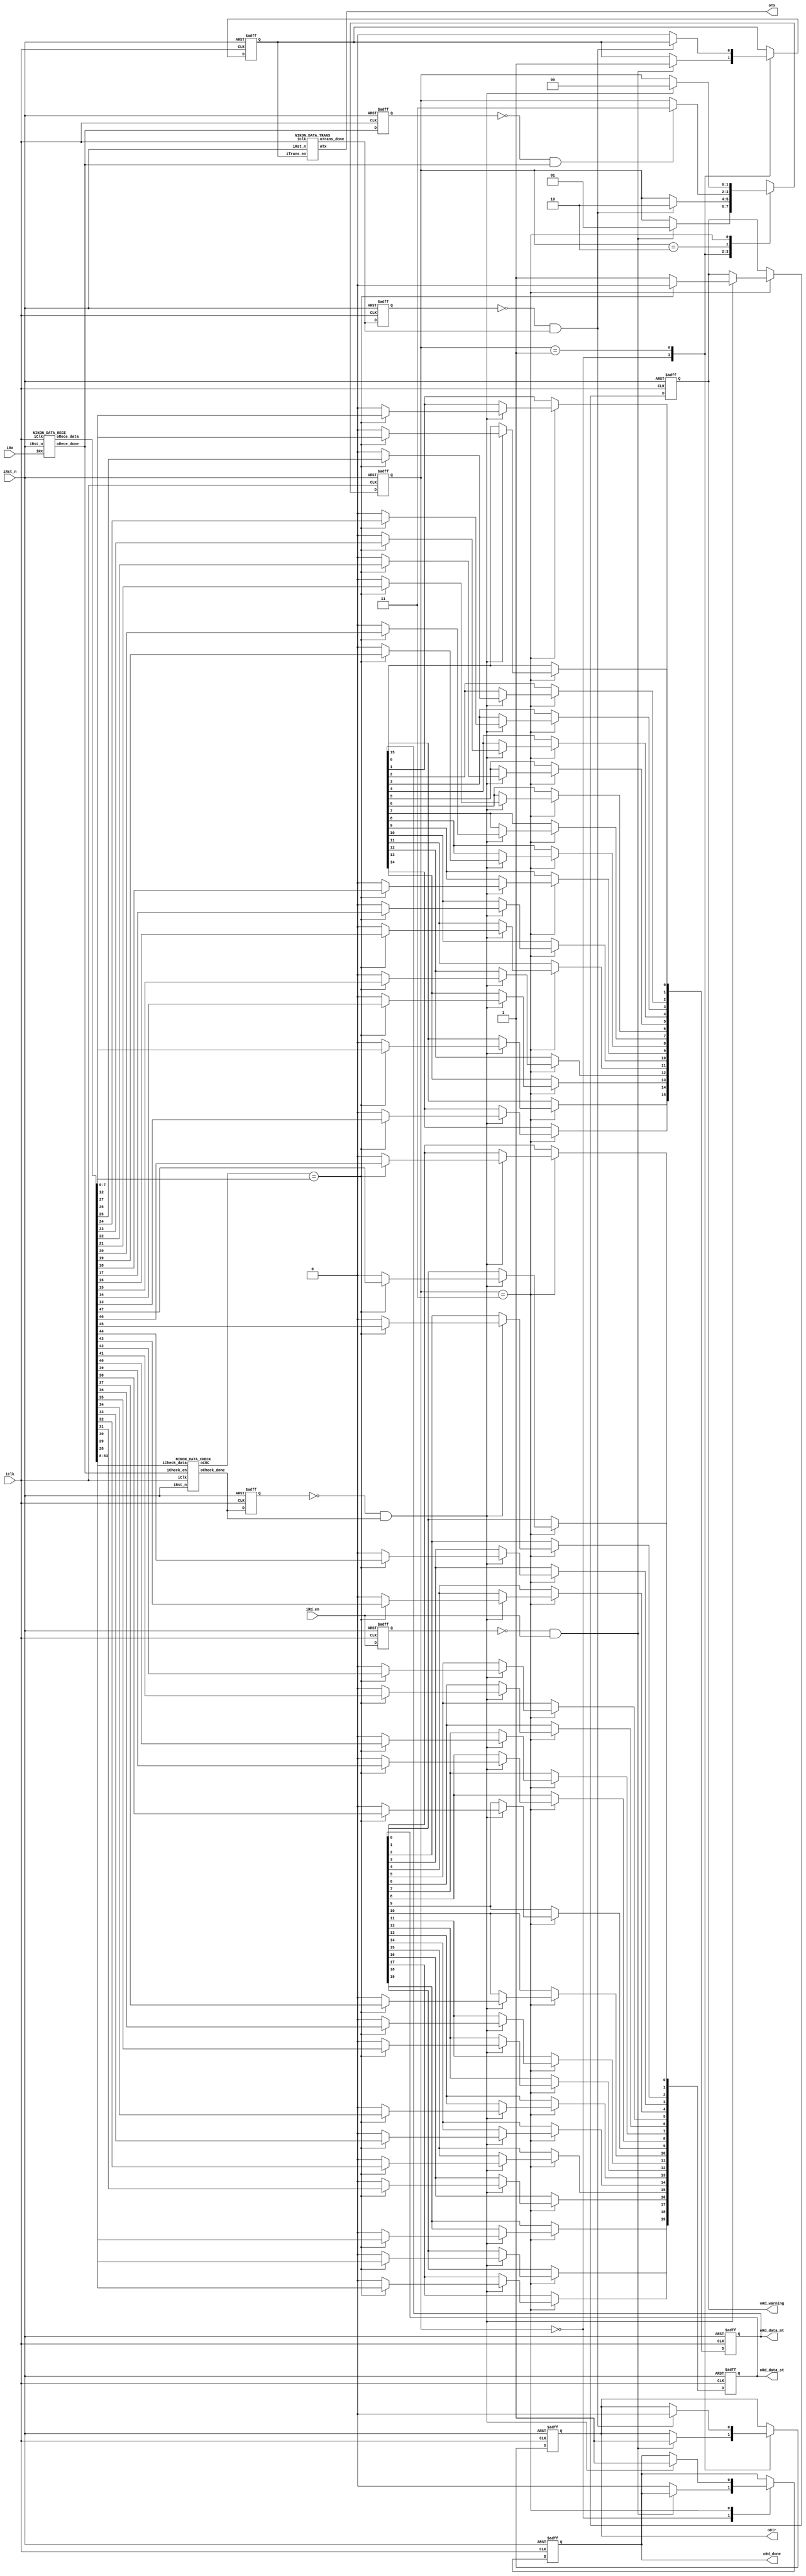
module NIKON(
    iClk,	//100M
    iRst_n,
    iRd_en,
    iRx,
    oDir,
    oTx,
    oRd_data_st,
    oRd_data_mt,
    oRd_warning,
    oRd_done
);
    input wire iClk;
    input wire iRst_n;
    input wire iRd_en;
    input wire iRx;
    output reg oDir;
    output wire oTx;
    output reg [19:0] oRd_data_st;
    output reg [15:0] oRd_data_mt;
    output reg oRd_warning;
    output reg oRd_done;

    localparam S0 = 2'd0;
    localparam S1 = 2'd1;
    localparam S2 = 2'd2;
    localparam S3 = 2'd3;

    reg ntrans_en;
    reg nrd_en_pre_state;
    reg ntrans_done_pre_state,nrece_done_pre_state,ncheck_done_pre_state;
    reg [1:0] nstate;
    wire npll_locked;
    wire ntrans_done,nrece_done,ncheck_done;
    wire [63:0] nrece_data;
    wire [7:0] ncrc;

    always @(posedge iClk or negedge iRst_n) begin
        if(!iRst_n) begin
            nrd_en_pre_state <= 1'b0;
            ntrans_done_pre_state <= 1'b0;
            nrece_done_pre_state <= 1'b0;
            ncheck_done_pre_state <= 1'b0;
        end
        else begin
            nrd_en_pre_state <= iRd_en;
            ntrans_done_pre_state <= ntrans_done; 
            nrece_done_pre_state <= nrece_done;
            ncheck_done_pre_state <= ncheck_done;
        end
    end
    
    always @(posedge iClk or negedge iRst_n) begin
        if(!iRst_n) begin
            ntrans_en <= 1'b0;
            nstate <= S0;
            oDir <= 1'b1;
            oRd_data_st <= 20'd0;
            oRd_data_mt <= 16'd0;
            oRd_warning <= 1'b0;
            oRd_done <= 1'b0;
        end
        else begin
            case (nstate)
                S0: begin
                    if((!nrd_en_pre_state) & iRd_en) begin
                        ntrans_en <=1'b1; 
                        nstate <= S1;
                        oDir <= 1'b1;
                    end
                    else begin
                        nstate <= nstate;
                        oRd_done <= 1'b0; 
                    end
                end
                S1: begin
                    if((!ntrans_done_pre_state) & ntrans_done) begin
                        nstate <= S2;
                        oDir <= 1'b0;
                    end
                    else begin
                        nstate <= nstate;
                        ntrans_en <=1'b0;
                    end
                end
                S2: begin
                    if((!nrece_done_pre_state) & nrece_done) begin
                        nstate <= S3;
                    end
                    else begin
                        nstate <= nstate;
                    end
                end
                S3: begin
                    if((!ncheck_done_pre_state) & ncheck_done) begin
                        if(ncrc == nrece_data[7:0]) begin
                            {oRd_data_st[0],oRd_data_st[1],oRd_data_st[2],oRd_data_st[3],oRd_data_st[4],oRd_data_st[5],oRd_data_st[6],oRd_data_st[7],oRd_data_st[8],oRd_data_st[9],oRd_data_st[10],oRd_data_st[11],oRd_data_st[12],oRd_data_st[13],oRd_data_st[14],oRd_data_st[15],oRd_data_st[16],oRd_data_st[17],oRd_data_st[18],oRd_data_st[19]} <= nrece_data[47:28];
                            {oRd_data_mt[0],oRd_data_mt[1],oRd_data_mt[2],oRd_data_mt[3],oRd_data_mt[4],oRd_data_mt[5],oRd_data_mt[6],oRd_data_mt[7],oRd_data_mt[8],oRd_data_mt[9],oRd_data_mt[10],oRd_data_mt[11],oRd_data_mt[12],oRd_data_mt[13],oRd_data_mt[14],oRd_data_mt[15]} <= nrece_data[27:12];
                            oRd_warning <= 1'b0;
                        end
                        else begin
                            oRd_data_st <= 20'd0;
                            oRd_data_mt <= 16'd0;
                            oRd_warning <= 1'b1;
                        end
                        nstate <= S0;
                        oRd_done <= 1'b1;
                    end
                    else begin
                        nstate <= nstate;
                    end
                end
                default: nstate <= S0;
            endcase
        end
    end
    
    NIKON_DATA_TRANS nikon_data_trans(
        .iClk(iClk),
        .iRst_n(iRst_n),
        .iTrans_en(ntrans_en),
        .oTx(oTx),
        .oTrans_done(ntrans_done)
    );

    NIKON_DATA_RECE nikon_data_rece(
        .iClk(iClk),
        .iRst_n(iRst_n),
        // .iRece_en(),
        .iRx(iRx),
        .oRece_data(nrece_data),
        .oRece_done(nrece_done)
    );

    NIKON_DATA_CHECK nikon_data_check(
        .iClk(iClk),
        .iRst_n(iRst_n),
        .iCheck_en(nrece_done),
        .iCheck_data(nrece_data[63:8]),
        .oCRC(ncrc),
        .oCheck_done(ncheck_done)
    );
    
endmodule

module NIKON_DATA_TRANS(
    iClk,
    iRst_n,
    iTrans_en,
    oTx,
    oTrans_done
);
    input wire iClk;
    input wire iRst_n;
    input wire iTrans_en;
    output reg oTx;
    output reg oTrans_done;

    localparam STARTBIT = 1'b0;
    localparam SINKCODE = 3'b010;
    localparam FRAMECODE = 2'b00;
    localparam ENCODERADDRESS = 3'b000; //default EAX
    localparam COMMANDCODE = 5'b00000;
    localparam CRC = 3'b000;
    localparam STOPBIT_IDLE = 1'b1;

    localparam S0 = 5'd0;
    localparam S1 = 5'd1;
    localparam S2 = 5'd2;
    localparam S3 = 5'd3;
    localparam S4 = 5'd4;
    localparam S5 = 5'd5;
    localparam S6 = 5'd6;
    localparam S7 = 5'd7;
    localparam S8 = 5'd8;
    localparam S9 = 5'd9;
    localparam S10 = 5'd10;
    localparam S11 = 5'd11;
    localparam S12 = 5'd12;
    localparam S13 = 5'd13;
    localparam S14 = 5'd14;
    localparam S15 = 5'd15;
    localparam S16 = 5'd16;
    localparam S17 = 5'd17;
    localparam S18 = 5'd18;
    localparam S19 = 5'd19;

    reg ntrans_en_pre_state;
    reg ntrans_working;
    reg [4:0] nstate;
    reg [5:0] ncount;

    always @(posedge iClk or negedge iRst_n) begin
        if(!iRst_n) begin
            ntrans_en_pre_state <= 1'b0; 
        end
        else begin
            ntrans_en_pre_state <= iTrans_en; 
        end
    end

    always @(posedge iClk or negedge iRst_n) begin
        if(!iRst_n) begin
            ncount <= 6'd0; 
        end
        else if(ntrans_working) begin
            if(ncount == 6'd39) begin
                ncount <= 6'd0; 
            end
            else begin
                ncount <= ncount + 1'd1; 
            end
        end
        else begin
            ncount <= 6'd0; 
        end
    end

    always @(posedge iClk or negedge iRst_n) begin
        if(!iRst_n) begin
            ntrans_working <= 1'b0;
            nstate <= S0;
            oTx <= STOPBIT_IDLE;
            oTrans_done <= 1'b0;
        end
        else begin
            case (nstate)
                S0: begin
                    if((!ntrans_en_pre_state) & iTrans_en) begin
                        ntrans_working <= 1'b1;
                        nstate <= S1;
                        oTx <= STARTBIT;
                    end
                    else begin
                        nstate <= nstate;
                        oTx <= STOPBIT_IDLE;
                        oTrans_done <= 1'b0;
                    end
                end
                S1: begin
                    if(ncount == 6'd39) begin
                        nstate <= S2;
                        oTx <= SINKCODE[0];
                    end
                    else begin
                        nstate <= nstate;
                        oTx <= oTx;
                    end
                end
                S2: begin
                    if(ncount == 6'd39) begin
                        nstate <= S3;
                        oTx <= SINKCODE[1];
                    end
                    else begin
                        nstate <= nstate; 
                        oTx <= oTx;
                    end
                end
                S3: begin
                    if(ncount == 6'd39) begin
                        nstate <= S4;
                        oTx <= SINKCODE[2];
                    end
                    else begin
                        nstate <= nstate;
                        oTx <= oTx;
                    end
                end
                S4: begin
                    if(ncount == 6'd39) begin
                        nstate <= S5;
                        oTx <= FRAMECODE[0];
                    end
                    else begin
                        nstate <= nstate;
                        oTx <= oTx;
                    end
                end
                S5: begin
                    if(ncount == 6'd39) begin
                        nstate <= S6;
                        oTx <= FRAMECODE[1];
                    end
                    else begin
                        nstate <= nstate;
                        oTx <= oTx;
                    end
                end
                S6: begin
                    if(ncount == 6'd39) begin
                        nstate <= S7;
                        oTx <= ENCODERADDRESS[0];
                    end
                    else begin
                        nstate <= nstate;
                        oTx <= oTx;
                    end
                end
                S7: begin
                    if(ncount == 6'd39) begin
                        nstate <= S8;
                        oTx <= ENCODERADDRESS[1];
                    end
                    else begin
                        nstate <= nstate;
                        oTx <= oTx;
                    end
                end
                S8: begin
                    if(ncount == 6'd39) begin
                        nstate <= S9;
                        oTx <= ENCODERADDRESS[2];
                    end
                    else begin
                        nstate <= nstate;
                        oTx <= oTx;
                    end
                end
                S9: begin
                    if(ncount == 6'd39) begin
                        nstate <= S10;
                        oTx <= COMMANDCODE[0];
                    end
                    else begin
                        nstate <= nstate;
                        oTx <= oTx;
                    end
                end
                S10: begin
                    if(ncount == 6'd39) begin
                        nstate <= S11;
                        oTx <= COMMANDCODE[1];
                    end
                    else begin
                        nstate <= nstate;
                        oTx <= oTx;
                    end
                end
                S11: begin
                    if(ncount == 6'd39) begin
                        nstate <= S12;
                        oTx <= COMMANDCODE[2];
                    end
                    else begin
                        nstate <= nstate;
                        oTx <= oTx;
                    end
                end
                S12: begin
                    if(ncount == 6'd39) begin
                        nstate <= S13;
                        oTx <= COMMANDCODE[3];
                    end
                    else begin
                        nstate <= nstate;
                        oTx <= oTx;
                    end
                end
                S13: begin
                    if(ncount == 6'd39) begin
                        nstate <= S14;
                        oTx <= COMMANDCODE[4];
                    end
                    else begin
                        nstate <= nstate;
                        oTx <= oTx;
                    end
                end
                S14: begin
                    if(ncount == 6'd39) begin
                        nstate <= S15;
                        oTx <= CRC[0];
                    end
                    else begin
                        nstate <= nstate;
                        oTx <= oTx;
                    end
                end
                S15: begin
                    if(ncount == 6'd39) begin
                        nstate <= S16;
                        oTx <= CRC[1];
                    end
                    else begin
                        nstate <= nstate;
                        oTx <= oTx;
                    end
                end
                S16: begin
                    if(ncount == 6'd39) begin
                        nstate <= S17;
                        oTx <= CRC[2];
                    end
                    else begin
                        nstate <= nstate;
                        oTx <= oTx;
                    end
                end
                S17: begin
                    if(ncount == 6'd39) begin
                        nstate <= S18;
                        oTx <= STOPBIT_IDLE; 
                    end
                    else begin
                        nstate <= nstate;
                        oTx <= oTx; 
                    end
                end
                S18: begin
                    if(ncount == 6'd39) begin
                        nstate <= S0;
                        ntrans_working <= 1'b0;
                        oTrans_done <= 1'b1;
                    end
                    else begin
                        nstate <= nstate;
                    end
                end
                default: nstate <= S0;
            endcase 
        end
    end

endmodule

module NIKON_DATA_RECE(
    iClk,
    iRst_n,
    // iRece_en,
    iRx,
    oRece_data,
    oRece_done
);
    input wire iClk;
    input wire iRst_n;
    // input wire iRece_en;
    input wire iRx;
    output reg [63:0] oRece_data;
    output reg oRece_done;

    localparam S0 = 2'd0;
    localparam S1 = 2'd1;
    localparam S2 = 2'd2;
    localparam S3 = 2'd3;

    reg nrx_sync_0,nrx_sync_1;
    reg nrece_cell_done_pre_state;
    reg [1:0] nstate;
    reg [63:0] nrece_temp_data;
    wire [15:0] nrece_cell_data;
    wire nrece_cell_done;

    always @(posedge iClk or negedge iRst_n) begin
        if(!iRst_n) begin
            nrx_sync_0 <= 1'b0;
            nrx_sync_1 <= 1'b0;
        end
        else begin
            nrx_sync_0 <= iRx;
            nrx_sync_1 <= nrx_sync_0; 
        end
    end

    always @(posedge iClk or negedge iRst_n) begin
        if(!iRst_n) begin
            nrece_cell_done_pre_state <= 1'b0; 
        end
        else begin
            nrece_cell_done_pre_state <= nrece_cell_done;
        end
    end

    always @(posedge iClk or negedge iRst_n) begin
        if(!iRst_n) begin
            nstate <= S0;
            nrece_temp_data <= 64'd0;
            oRece_data <= 64'd0;
            oRece_done <= 1'b0;
        end
        else begin
            case (nstate)
                S0: begin
                    if((!nrece_cell_done_pre_state) & nrece_cell_done) begin
                        nstate <= S1;
                        nrece_temp_data <= nrece_cell_data;
                    end
                    else begin
                        nstate <= nstate;
                        nrece_temp_data <= 64'd0;
                        oRece_done <= 1'b0;
                    end
                end 
                S1: begin
                    if((!nrece_cell_done_pre_state) & nrece_cell_done) begin
                        nstate <= S2;
                        nrece_temp_data <= (nrece_temp_data<<16) | nrece_cell_data;
                    end
                    else begin
                        nstate <= nstate;
                        nrece_temp_data <= nrece_temp_data;
                    end
                end
                S2: begin
                    if((!nrece_cell_done_pre_state) & nrece_cell_done) begin
                        nstate <= S3;
                        nrece_temp_data <= (nrece_temp_data<<16) | nrece_cell_data;
                    end
                    else begin
                        nstate <= nstate;
                        nrece_temp_data <= nrece_temp_data;
                    end
                end
                S3: begin
                    if((!nrece_cell_done_pre_state) & nrece_cell_done) begin
                        nstate <= S0;
                        oRece_data <= (nrece_temp_data<<16) | nrece_cell_data;
                        oRece_done <= 1'b1;
                    end
                    else begin
                        nstate <= nstate;
                        nrece_temp_data <= nrece_temp_data;
                    end
                end
                default: nstate <= S0;
            endcase 
        end
    end

    NIKON_DATA_RECE_CELL nikon_data_rece_cell(
        .iClk(iClk),
        .iRst_n(iRst_n),
        .iRx(nrx_sync_1),
        .oRece_cell_data(nrece_cell_data),
        .oRece_cell_done(nrece_cell_done)
    );
endmodule

module NIKON_DATA_RECE_CELL(
    iClk,
    iRst_n,
    iRx,
    oRece_cell_data,
    oRece_cell_done
);
    input wire iClk;
    input wire iRst_n;
    input wire iRx;
    output reg [15:0] oRece_cell_data;
    output reg oRece_cell_done;

    localparam S0 = 5'd0;
    localparam S1 = 5'd1;
    localparam S2 = 5'd2;
    localparam S3 = 5'd3;
    localparam S4 = 5'd4;
    localparam S5 = 5'd5;
    localparam S6 = 5'd6;
    localparam S7 = 5'd7;
    localparam S8 = 5'd8;
    localparam S9 = 5'd9;
    localparam S10 = 5'd10;
    localparam S11 = 5'd11;
    localparam S12 = 5'd12;
    localparam S13 = 5'd13;
    localparam S14 = 5'd14;
    localparam S15 = 5'd15;
    localparam S16 = 5'd16;
    localparam S17 = 5'd17;
    localparam S18 = 5'd18;
    localparam S19 = 5'd19;

    reg nrx_pre_state;
    reg ncountworking;
    reg [2:0] noversampling[18:0];
    reg [4:0] nstate;
    reg [5:0] ncount;

    always @(posedge iClk or negedge iRst_n) begin
        if(!iRst_n) begin
            nrx_pre_state <= 1'b0;
        end
        else begin
            nrx_pre_state <= iRx;
        end
    end

    always @(posedge iClk or negedge iRst_n) begin
        if(!iRst_n) begin
            ncount <= 6'd0; 
        end
        else if(ncountworking) begin
            if(ncount == 6'd39) begin
                ncount <= 6'd0;
            end
            else begin
                ncount <= ncount + 1'd1; 
            end
        end
        else begin
            ncount <= 6'd0; 
        end
    end

    always @(posedge iClk or negedge iRst_n) begin
        if(!iRst_n) begin
            ncountworking <= 1'b0;
            nstate <= S0;
            noversampling[0] <= 3'd0;
            noversampling[1] <= 3'd0;
            noversampling[2] <= 3'd0;
            noversampling[3] <= 3'd0;
            noversampling[4] <= 3'd0;
            noversampling[5] <= 3'd0;
            noversampling[6] <= 3'd0;
            noversampling[7] <= 3'd0;
            noversampling[8] <= 3'd0;
            noversampling[9] <= 3'd0;
            noversampling[10] <= 3'd0;
            noversampling[11] <= 3'd0;
            noversampling[12] <= 3'd0;
            noversampling[13] <= 3'd0;
            noversampling[14] <= 3'd0;
            oRece_cell_data <= 16'd0;
        end
        else begin
            case (nstate)
                S0: begin
                    if(nrx_pre_state & (!iRx)) begin
                        ncountworking <= 1'b1;
                        nstate <= S1;
                    end
                    else begin
                        ncountworking <= 1'b0;
                        nstate <= nstate;
                        noversampling[0] <= 3'd0;
                        noversampling[1] <= 3'd0;
                        noversampling[2] <= 3'd0;
                        noversampling[3] <= 3'd0;
                        noversampling[4] <= 3'd0;
                        noversampling[5] <= 3'd0;
                        noversampling[6] <= 3'd0;
                        noversampling[7] <= 3'd0;
                        noversampling[8] <= 3'd0;
                        noversampling[9] <= 3'd0;
                        noversampling[10] <= 3'd0;
                        noversampling[11] <= 3'd0;
                        noversampling[12] <= 3'd0;
                        noversampling[13] <= 3'd0;
                        noversampling[14] <= 3'd0;
                        noversampling[15] <= 3'd0;
                        noversampling[16] <= 3'd0;
                        oRece_cell_done <= 1'b0;
                    end
                end 
                S1: begin
                    case (ncount)
                        6'd17,6'd18,6'd19,6'd20,6'd21,6'd22,6'd23: begin
                            noversampling[0] <= noversampling[0] + nrx_pre_state;
                        end
                        6'd24: begin
                            nstate <= (noversampling[0] <= 3'd3) ? nstate:S0;
                        end
                        6'd38: begin
                            nstate <= S2;
                        end
                        default: ;
                    endcase 
                end
                S2: begin
                    case (ncount)
                        6'd17,6'd18,6'd19,6'd20,6'd21,6'd22,6'd23: begin
                            noversampling[1] <= noversampling[1] + nrx_pre_state;
                        end
                        6'd38: begin
                            nstate <= S3;
                            oRece_cell_data[15] <= (noversampling[1] <= 3'd3) ? 1'b0:1'b1;
                        end
                        default: ;
                    endcase 
                end
                S3: begin
                    case (ncount)
                        6'd17,6'd18,6'd19,6'd20,6'd21,6'd22,6'd23: begin
                            noversampling[2] <= noversampling[2] + nrx_pre_state;
                        end
                        6'd38: begin
                            nstate <= S4;
                            oRece_cell_data[14] <= (noversampling[2] <= 3'd3) ? 1'b0:1'b1;
                        end
                        default: ;
                    endcase 
                end
                S4: begin
                    case (ncount)
                        6'd17,6'd18,6'd19,6'd20,6'd21,6'd22,6'd23: begin
                            noversampling[3] <= noversampling[3] + nrx_pre_state;
                        end
                        6'd38: begin
                            nstate <= S5;
                            oRece_cell_data[13] <= (noversampling[3] <= 3'd3) ? 1'b0:1'b1;
                        end
                        default: ;
                    endcase 
                end
                S5: begin
                    case (ncount)
                        6'd17,6'd18,6'd19,6'd20,6'd21,6'd22,6'd23: begin
                            noversampling[4] <= noversampling[4] + nrx_pre_state;
                        end
                        6'd38: begin
                            nstate <= S6;
                            oRece_cell_data[12] <= (noversampling[4] <= 3'd3) ? 1'b0:1'b1;
                        end
                        default: ;
                    endcase 
                end
                S6: begin
                    case (ncount)
                        6'd17,6'd18,6'd19,6'd20,6'd21,6'd22,6'd23: begin
                            noversampling[5] <= noversampling[5] + nrx_pre_state;
                        end
                        6'd38: begin
                            nstate <= S7;
                            oRece_cell_data[11] <= (noversampling[5] <= 3'd3) ? 1'b0:1'b1;
                        end
                        default: ;
                    endcase 
                end
                S7: begin
                    case (ncount)
                        6'd17,6'd18,6'd19,6'd20,6'd21,6'd22,6'd23: begin
                            noversampling[6] <= noversampling[6] + nrx_pre_state;
                        end
                        6'd38: begin
                            nstate <= S8;
                            oRece_cell_data[10] <= (noversampling[6] <= 3'd3) ? 1'b0:1'b1;
                        end
                        default: ;
                    endcase 
                end
                S8: begin
                    case (ncount)
                        6'd17,6'd18,6'd19,6'd20,6'd21,6'd22,6'd23: begin
                            noversampling[7] <= noversampling[7] + nrx_pre_state;
                        end
                        6'd38: begin
                            nstate <= S9;
                            oRece_cell_data[9] <= (noversampling[7] <= 3'd3) ? 1'b0:1'b1;
                        end
                        default: ;
                    endcase 
                end
                S9: begin
                    case (ncount)
                        6'd17,6'd18,6'd19,6'd20,6'd21,6'd22,6'd23: begin
                            noversampling[8] <= noversampling[8] + nrx_pre_state;
                        end
                        6'd38: begin
                            nstate <= S10;
                            oRece_cell_data[8] <= (noversampling[8] <= 3'd3) ? 1'b0:1'b1;
                        end
                        default: ;
                    endcase 
                end
                S10: begin
                    case (ncount)
                        6'd17,6'd18,6'd19,6'd20,6'd21,6'd22,6'd23: begin
                            noversampling[9] <= noversampling[9] + nrx_pre_state;
                        end
                        6'd38: begin
                            nstate <= S11;
                            oRece_cell_data[7] <= (noversampling[9] <= 3'd3) ? 1'b0:1'b1;
                        end
                        default: ;
                    endcase 
                end
                S11: begin
                    case (ncount)
                        6'd17,6'd18,6'd19,6'd20,6'd21,6'd22,6'd23: begin
                            noversampling[10] <= noversampling[10] + nrx_pre_state;
                        end
                        6'd38: begin
                            nstate <= S12;
                            oRece_cell_data[6] <= (noversampling[10] <= 3'd3) ? 1'b0:1'b1;
                        end
                        default: ;
                    endcase 
                end
                S12: begin
                    case (ncount)
                        6'd17,6'd18,6'd19,6'd20,6'd21,6'd22,6'd23: begin
                            noversampling[11] <= noversampling[11] + nrx_pre_state;
                        end
                        6'd38: begin
                            nstate <= S13;
                            oRece_cell_data[5] <= (noversampling[11] <= 3'd3) ? 1'b0:1'b1;
                        end
                        default: ;
                    endcase 
                end
                S13: begin
                    case (ncount)
                        6'd17,6'd18,6'd19,6'd20,6'd21,6'd22,6'd23: begin
                            noversampling[12] <= noversampling[12] + nrx_pre_state;
                        end
                        6'd38: begin
                            nstate <= S14;
                            oRece_cell_data[4] <= (noversampling[12] <= 3'd3) ? 1'b0:1'b1;
                        end
                        default: ;
                    endcase 
                end
                S14: begin
                    case (ncount)
                        6'd17,6'd18,6'd19,6'd20,6'd21,6'd22,6'd23: begin
                            noversampling[13] <= noversampling[13] + nrx_pre_state;
                        end
                        6'd38: begin
                            nstate <= S15;
                            oRece_cell_data[3] <= (noversampling[13] <= 3'd3) ? 1'b0:1'b1;
                        end
                        default: ;
                    endcase 
                end
                S15: begin
                    case (ncount)
                        6'd17,6'd18,6'd19,6'd20,6'd21,6'd22,6'd23: begin
                            noversampling[14] <= noversampling[14] + nrx_pre_state;
                        end
                        6'd38: begin
                            nstate <= S16;
                            oRece_cell_data[2] <= (noversampling[14] <= 3'd3) ? 1'b0:1'b1;
                        end
                        default: ;
                    endcase 
                end
                S16: begin
                    case (ncount)
                        6'd17,6'd18,6'd19,6'd20,6'd21,6'd22,6'd23: begin
                            noversampling[15] <= noversampling[15] + nrx_pre_state;
                        end
                        6'd38: begin
                            nstate <= S17;
                            oRece_cell_data[1] <= (noversampling[15] <= 3'd3) ? 1'b0:1'b1;
                        end
                        default: ;
                    endcase 
                end
                S17: begin
                    case (ncount)
                        6'd17,6'd18,6'd19,6'd20,6'd21,6'd22,6'd23: begin
                            noversampling[16] <= noversampling[16] + nrx_pre_state;
                        end
                        6'd38: begin
                            nstate <= S0;
                            oRece_cell_data[0] <= (noversampling[16] <= 3'd3) ? 1'b0:1'b1;
                            oRece_cell_done <= 1'b1;
                        end
                        default: ;
                    endcase 
                end
                default: nstate <= S0;
            endcase 
        end
    end

endmodule

module NIKON_DATA_CHECK(
    iClk,
    iRst_n,
    iCheck_en,
    iCheck_data,
    oCRC,
    oCheck_done
);
    input wire iClk;
    input wire iRst_n;
    input wire iCheck_en;
    input wire [55:0] iCheck_data;
    output reg [7:0] oCRC;
    output reg oCheck_done;

    localparam S0 = 1'd0;
    localparam S1 = 1'd1;

    reg nstate;
    reg ncheck_en_pre_state;
    reg [5:0] ncount;
    reg [55:0] ncheck_data;

    always @(posedge iClk or negedge iRst_n) begin
        if(!iRst_n) begin
            ncheck_en_pre_state <= 1'b0;
        end 
        else begin
            ncheck_en_pre_state <= iCheck_en;
        end
    end

    always @(posedge iClk or negedge iRst_n) begin
        if(!iRst_n) begin
            ncount <= 6'd0;
            nstate <= S0;
            oCheck_done <= 1'b0;
        end
        else begin
            case (nstate)
                S0: begin
                    if((!ncheck_en_pre_state) & iCheck_en) begin
                        nstate <= S1;
                    end
                    else begin
                        ncount <= 6'd0;
                        nstate <= nstate;
                        oCheck_done <= 1'b0;
                    end
                end
                S1: begin
                    if(ncount == 6'd57) begin
                        nstate <= S0;
                        oCheck_done <= 1'b1;
                    end
                    else begin
                        ncount <= ncount + 1'b1; 
                    end
                end
                default: nstate <= S0;
            endcase
        end
    end

    always @(posedge iClk or negedge iRst_n) begin
        if(!iRst_n) begin
            ncheck_data <= 56'd0;
            oCRC <= 8'd0;
        end
        else begin
           case (ncount)
               6'd0: begin
                    ncheck_data <= iCheck_data;
               end
               6'd57: begin
                    oCRC <= ncheck_data[55:48];
               end
               default: begin
                    if(ncheck_data[55] == 1'b0)
                        ncheck_data <= ncheck_data << 1;
                    else
                        ncheck_data <= ({ncheck_data[55:47] ^ 9'h11D, ncheck_data[46:0]}) << 1;
               end
           endcase 
        end 
    end

endmodule